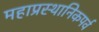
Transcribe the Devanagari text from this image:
महाप्रस्थानिकपर्व